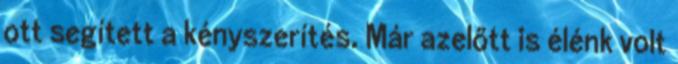
ott segített a kényszerítés. Már azelőtt is élénk volt